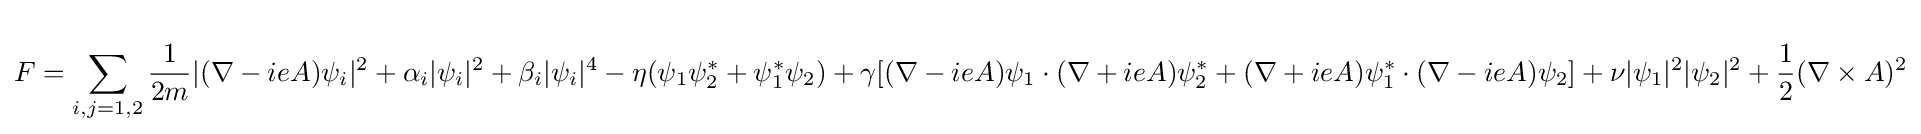
F=\sum _{i,j=1,2}{\frac {1}{2m}}|(\nabla -ieA)\psi _{i}|^{2}+\alpha _{i}|\psi _{i}|^{2}+\beta _{i}|\psi _{i}|^{4}-\eta (\psi _{1}\psi _{2}^{*}+\psi _{1}^{*}\psi _{2})+\gamma [(\nabla -ieA)\psi _{1}\cdot (\nabla +ieA)\psi _{2}^{*}+(\nabla +ieA)\psi _{1}^{*}\cdot (\nabla -ieA)\psi _{2}]+\nu |\psi _{1}|^{2}|\psi _{2}|^{2}+{\frac {1}{2}}(\nabla \times A)^{2}